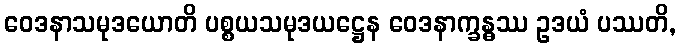
ဝေဒနာသမုဒယောတိ ပစ္စယသမုဒယဋ္ဌေန ဝေဒနာက္ခန္ဓဿ ဥဒယံ ပဿတိ,